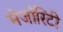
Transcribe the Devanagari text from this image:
मेजॉरिटी